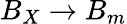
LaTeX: B_{X}\to B_{m}